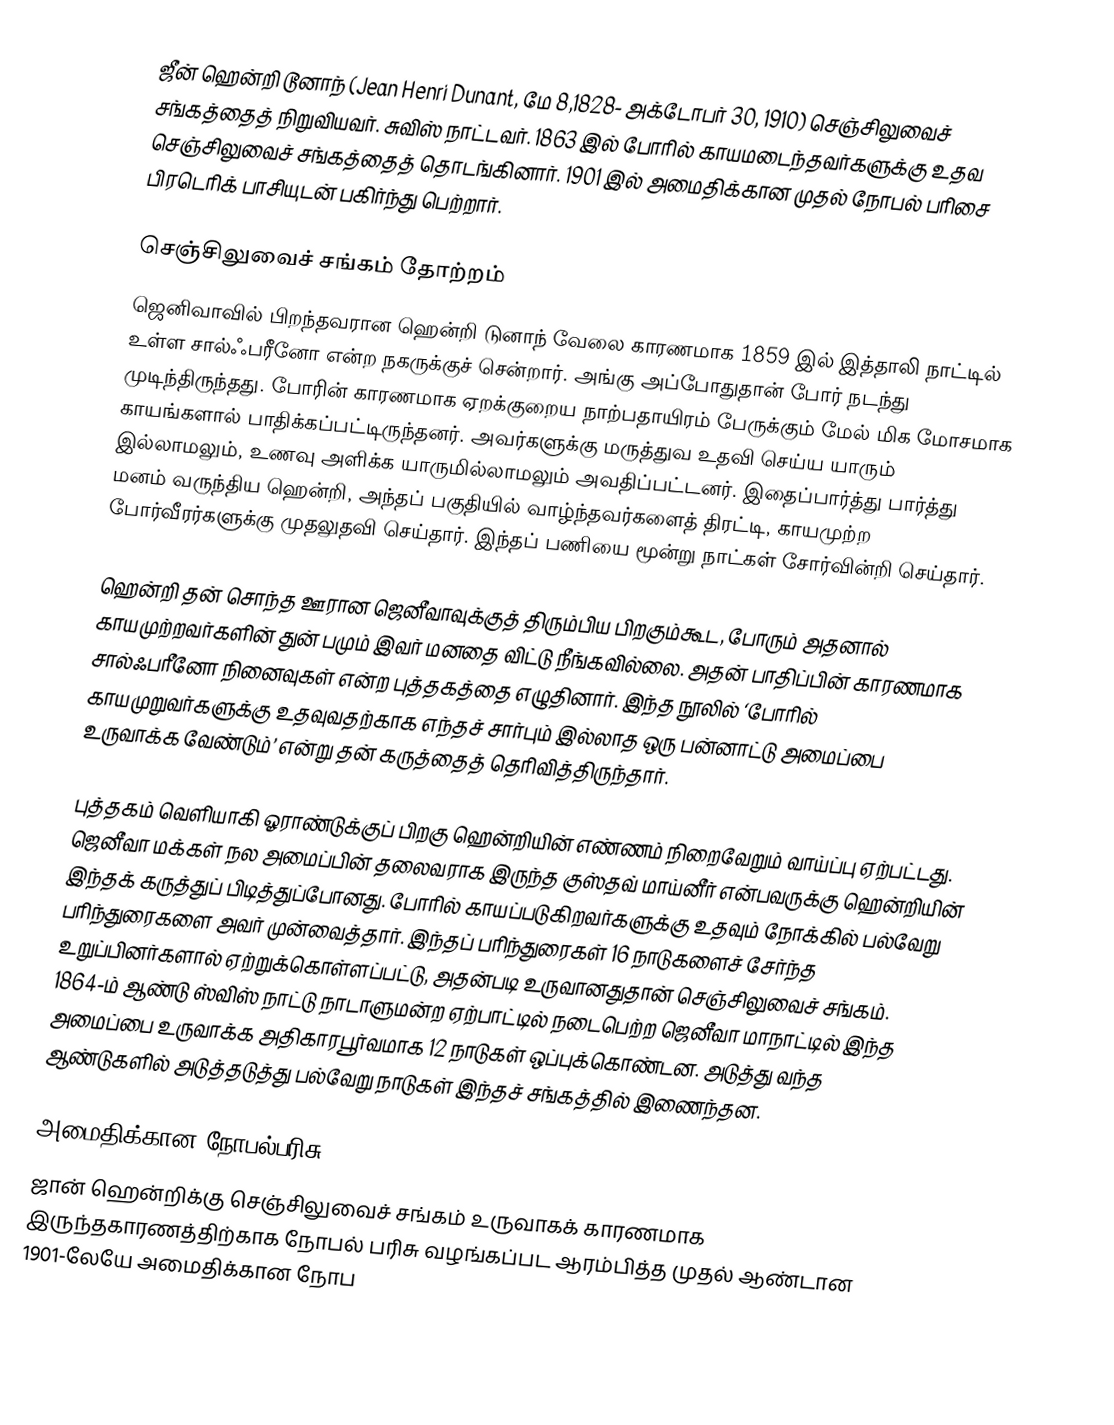
ஜீன் ஹென்றி டூனாந் (Jean Henri Dunant, மே 8,1828- அக்டோபர் 30, 1910) செஞ்சிலுவைச் சங்கத்தைத் நிறுவியவர். சுவிஸ் நாட்டவர். 1863 இல் போரில் காயமடைந்தவர்களுக்கு உதவ செஞ்சிலுவைச் சங்கத்தைத் தொடங்கினார். 1901 இல் அமைதிக்கான முதல் நோபல் பரிசை பிரடெரிக் பாசியுடன் பகிர்ந்து பெற்றார்.

செஞ்சிலுவைச் சங்கம் தோற்றம்
ஜெனிவாவில் பிறந்தவரான ஹென்றி டுனாந் வேலை காரணமாக 1859 இல் இத்தாலி நாட்டில் உள்ள சால்ஃபரீனோ என்ற நகருக்குச் சென்றார். அங்கு அப்போதுதான் போர் நடந்து முடிந்திருந்தது. போரின் காரணமாக ஏறக்குறைய நாற்பதாயிரம் பேருக்கும் மேல் மிக மோசமாக காயங்களால் பாதிக்கப்பட்டிருந்தனர். அவர்களுக்கு மருத்துவ உதவி செய்ய யாரும் இல்லாமலும், உணவு அளிக்க யாருமில்லாமலும் அவதிப்பட்டனர். இதைப்பார்த்து பார்த்து மனம் வருந்திய ஹென்றி, அந்தப் பகுதியில் வாழ்ந்தவர்களைத் திரட்டி, காயமுற்ற போர்வீரர்களுக்கு முதலுதவி செய்தார். இந்தப் பணியை மூன்று நாட்கள் சோர்வின்றி செய்தார்.

ஹென்றி தன் சொந்த ஊரான ஜெனீவாவுக்குத் திரும்பிய பிறகும்கூட, போரும் அதனால் காயமுற்றவர்களின் துன் பமும் இவர் மனதை விட்டு நீங்கவில்லை. அதன் பாதிப்பின் காரணமாக சால்ஃபரீனோ நினைவுகள் என்ற புத்தகத்தை எழுதினார். இந்த நூலில் ‘போரில் காயமுறுவர்களுக்கு உதவுவதற்காக எந்தச் சார்பும் இல்லாத ஒரு பன்னாட்டு அமைப்பை உருவாக்க வேண்டும்’ என்று தன் கருத்தைத் தெரிவித்திருந்தார்.

புத்தகம் வெளியாகி ஓராண்டுக்குப் பிறகு ஹென்றியின் எண்ணம் நிறைவேறும் வாய்ப்பு ஏற்பட்டது. ஜெனீவா மக்கள் நல அமைப்பின் தலைவராக இருந்த குஸ்தவ் மாய்னீர் என்பவருக்கு ஹென்றியின் இந்தக் கருத்துப் பிடித்துப்போனது. போரில் காயப்படுகிறவர்களுக்கு உதவும் நோக்கில் பல்வேறு பரிந்துரைகளை அவர் முன்வைத்தார். இந்தப் பரிந்துரைகள் 16 நாடுகளைச் சேர்ந்த உறுப்பினர்களால் ஏற்றுக்கொள்ளப்பட்டு, அதன்படி உருவானதுதான் செஞ்சிலுவைச் சங்கம். 1864-ம் ஆண்டு ஸ்விஸ் நாட்டு நாடாளுமன்ற ஏற்பாட்டில் நடைபெற்ற ஜெனீவா மாநாட்டில் இந்த அமைப்பை உருவாக்க அதிகாரபூர்வமாக 12 நாடுகள் ஒப்புக்கொண்டன. அடுத்து வந்த ஆண்டுகளில் அடுத்தடுத்து பல்வேறு நாடுகள் இந்தச் சங்கத்தில் இணைந்தன.

அமைதிக்கான நோபல்பரிசு
ஜான் ஹென்றிக்கு செஞ்சிலுவைச் சங்கம் உருவாகக் காரணமாக இருந்தகாரணத்திற்காக நோபல் பரிசு வழங்கப்பட ஆரம்பித்த முதல் ஆண்டான 1901-லேயே அமைதிக்கான நோப